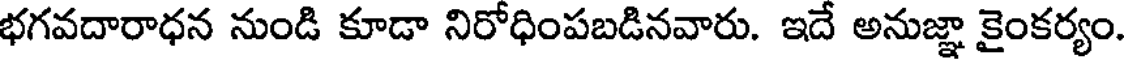
భగవదారాధన నుండి కూడా నిరోధింపబడినవారు. ఇదే అనుజ్ఞా కైంకర్యం.